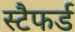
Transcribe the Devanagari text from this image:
स्टैफर्ड